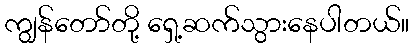
ကျွန်တော်တို့ ရှေ့ဆက်သွားနေပါတယ်။